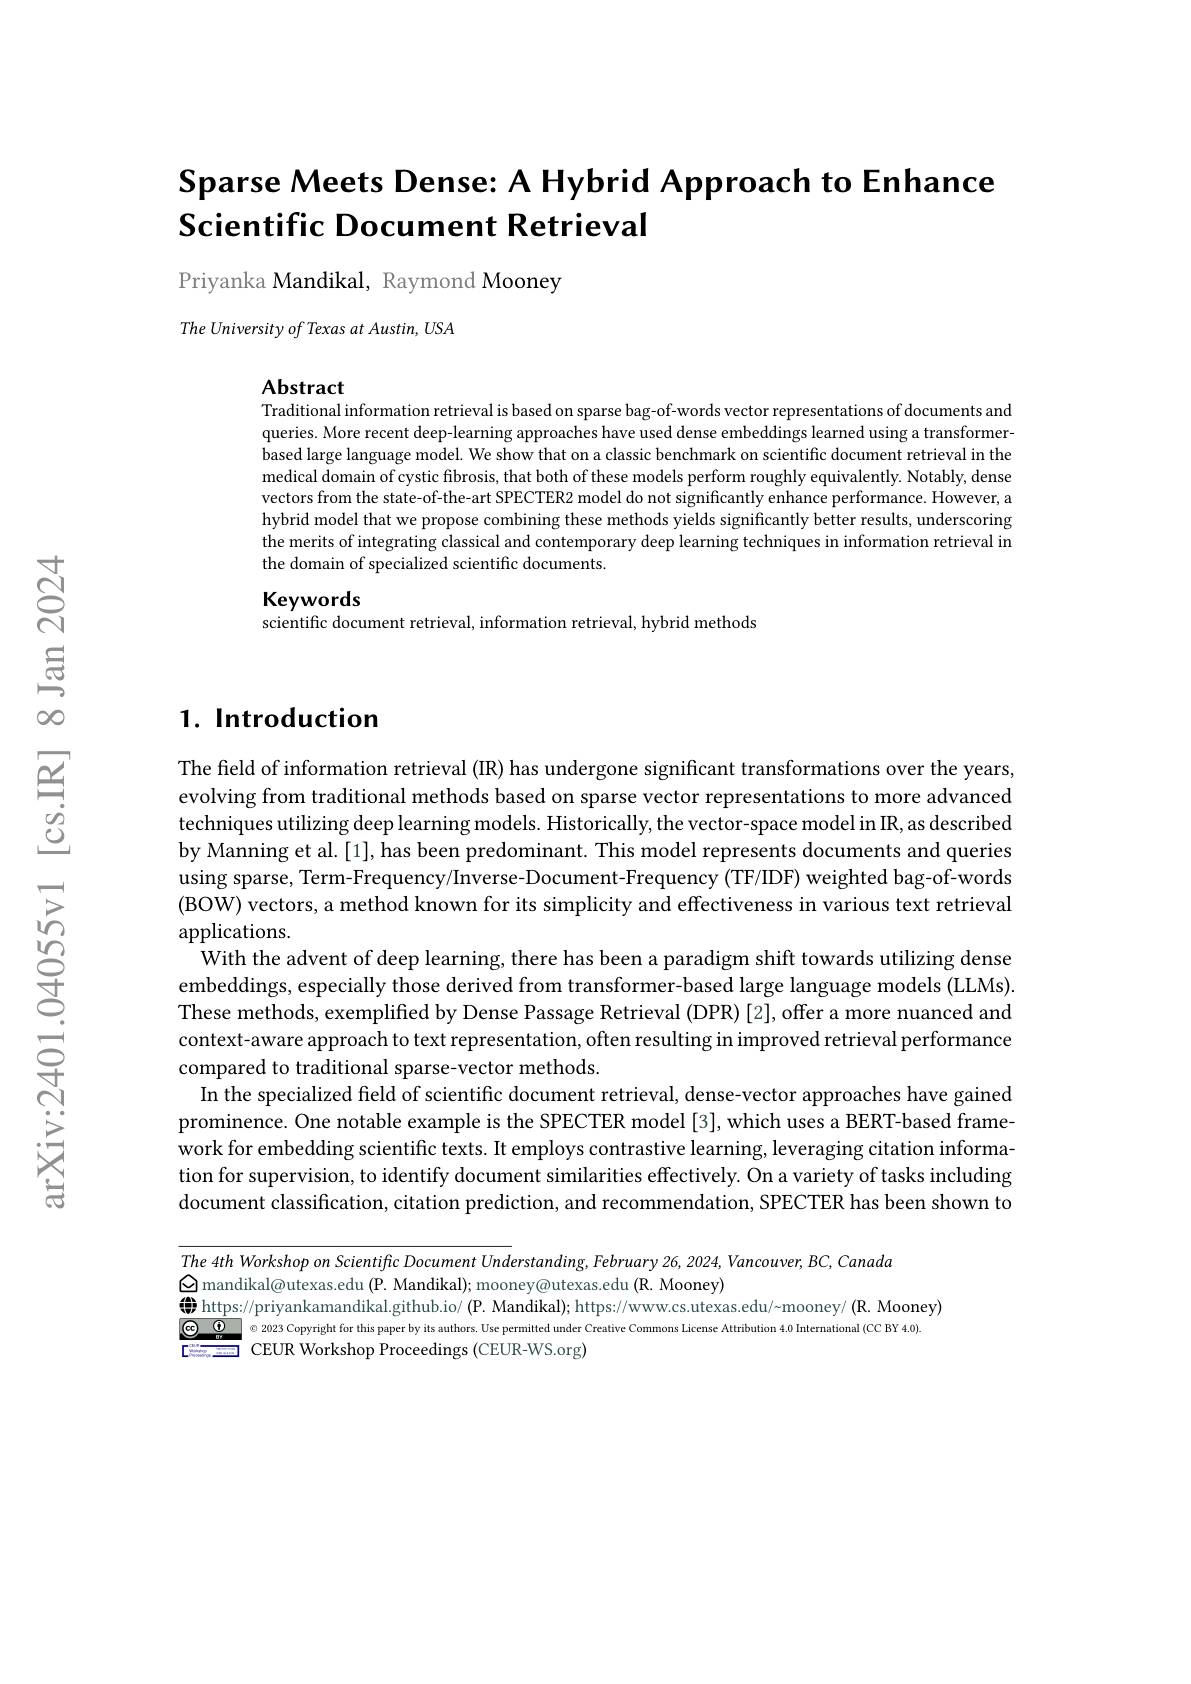
# Sparse Meets Dense: A Hybrid Approach to Enhance Scientific Document Retrieval

Priyanka Mandikal, Raymond Mooney

The University of Texas at Austin, USA

Abstract
Traditional information retrieval is based on sparse bag-of-words vector representations of documents and queries. More recent deep-learning approaches have used dense embeddings learned using a transformer- Mores More recent deep-learning approaches have used dense embeddings learned using a transformer- $a$ More recent deep-learning approaches have used de based large language model. We show that on a classic benchmark on scientific document retrieval in the medical domain of cystic fibrosis, that both of these models perform roughly equivalently. Notably, dense vectors from the state-of-the-art SPECTER2 model do not significantly enhance performance. However, a hybrid model that we propose combining these methods yields significantly better results, underscoring the merits of integrating classical and contemporary deep learning techniques in information retrieval in the domain of specialized scientific documents

Keywords

scientific document retrieval, information retrieval, hybrid methods

## $1. \textbf{ Introduction}$

The field of information retrieval (IR) has undergone significant transformations over the years evolving from traditional methods based on sparse vector representations to more advanced techniques utilizing deep learning models. Historically, the vector-space model in IR, as described by Manning et al.[1], has been predominant. This model represents documents and queries using sparse, Term-Frequency/Inverse-Document-Frequency (TF/IDF) weighted bag-of-words (BOW) vectors, a method known for its simplicity and effectiveness in various text retrieval applications.
With the advent of deep learning, there has been a paradigm shift towards utilizing dense embeddings, especially those derived from transformer-based large language models (LLMs). These methods, exemplified by Dense Passage Retrieval (DPR) [2], offer a more nuanced and context-aware approach to text representation, often resulting in improved retrieval performance compared to traditional sparse-vector methods.
In the specialized field of scientific document retrieval, dense-vector approaches have gained prominence. One notable example is the SPECTER model [3], which uses a BERT-based frame work for embedding scientific texts. It employs contrastive learning, leveraging citation information for supervision, to identify document similarities effectively. On a variety of tasks including document classification, citation prediction, and recommendation, SPECTER has been shown to

The 4th Workshop on Scientific Document Understanding, February 26, 2024, Vancouver, BC, Canada
$\textcircled{\mathrm{mandikal@utexas.edu(P.Mandikal);mooney@utexas.edu(R.Mooney)}}$
$\textbf{\text{ 学  https: / / priyankamandikal. github. io/  ( P.  Mandikal) ;  https: / / www. cs. utexas. edu/ {}mooney/ \text{ ( R.  Mooney) }}}$
$\odot$ 2023 Copyright for this paper by its authors. Use permitted under Creative Commons License Attribution 4.0 International (CC BY 4.0)
<FigureHere>
CEUR Workshop Proceedings (CEUR-WS.org)